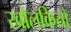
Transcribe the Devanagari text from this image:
खोलकियों